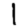
Digit: 1